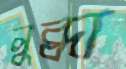
লুব্ধা